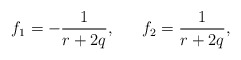
\begin{align*}f_{1}=-\frac{1}{r+2q},~~~~~f_{2}=\frac{1}{r+2q}, \end{align*}